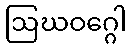
ဩဃဝဂ္ဂေါ